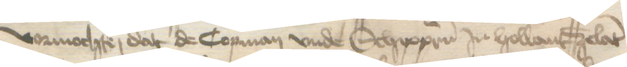
vormochte, dat de Copman vnde Schippern in Hollant Zelant